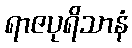
ရာဇပုရိသာနံ